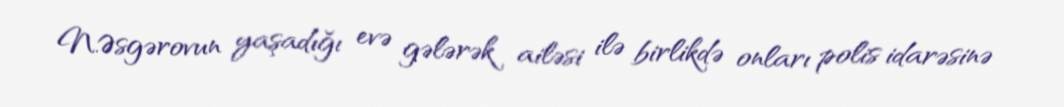
N.Əsgərovun yaşadığı evə gələrək ailəsi ilə birlikdə onları polis idarəsinə